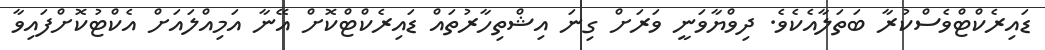
ޑައިރެކްޓްވެސްކުރާ ބަތަލާއެކެވެ. ދިވްޔާވަނީ ވަރަށް ގިނަ އިޝްތިހާރުތައް ޑައިރެކްޓްކޮށް އޭނާ އަމިއްލައަށް އެކްޓުކޮށްފައިވާ